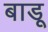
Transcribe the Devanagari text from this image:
बाडू